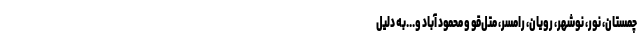
چمستان، نور، نوشهر، رویان، رامسر، مُتل­‌قو و محمود آباد و...به دلیل